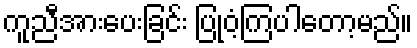
ကူညီအားပေးခြင်း ပြုဝံ့ကြပါတော့မည်။